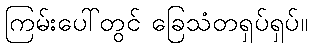
ကြမ်းပေါ်တွင် ခြေသံတရှပ်ရှပ်။